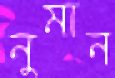
নুমান